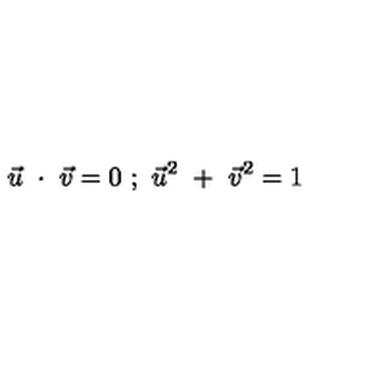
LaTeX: \vec { u } \ \cdot \ \vec { v } = 0 \ ; \ \vec { u } ^ { 2 } \ + \ \vec { v } ^ { 2 } = 1 \